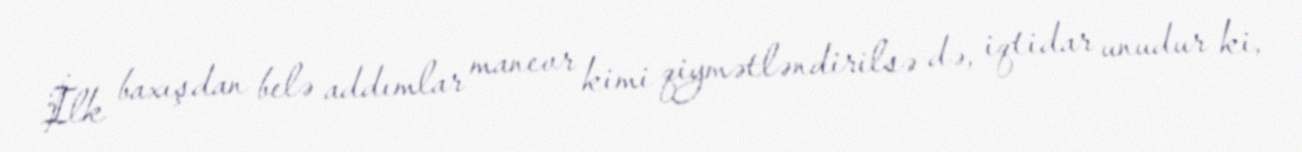
İlk baxışdan belə addımlar manevr kimi qiymətləndirilsə də, iqtidar unudur ki,